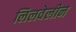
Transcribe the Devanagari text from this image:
लिलवेलीन